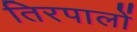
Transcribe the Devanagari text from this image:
तिरपालों